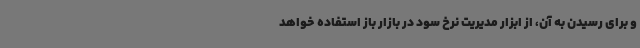
و برای رسیدن به آن، از ابزار مدیریت نرخ سود در بازار باز استفاده خواهد